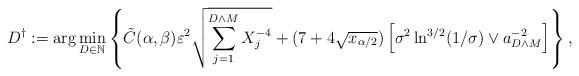
LaTeX: \begin{align*}D^\dagger := \arg\min_{D \in \mathbb{N}} \left\{\tilde C(\alpha,\beta) \varepsilon^2 \sqrt{\sum_{j=1}^{D \wedge M} X_j^{-4}} + (7+4\sqrt{x_{\alpha/2}}) \left[\sigma^2 \ln^{3/2}(1/\sigma) \vee a^{-2}_{D \wedge M}\right]\right\},\end{align*}